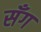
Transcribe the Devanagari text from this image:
सँग